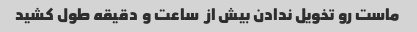
ماست رو تخویل ندادن بیش از  ساعت و  دقیقه طول کشید